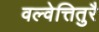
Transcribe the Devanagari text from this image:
वल्वेत्तितुरै